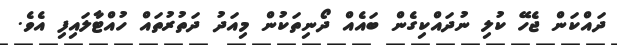
ދައްކަން ޖެހޭ ކުލި ނުދައްކިގެން ބައެއް ދޯނިތަކުން މިއަދު ދަތުރުތައް ހުއްޓާލައިފި އެވެ.